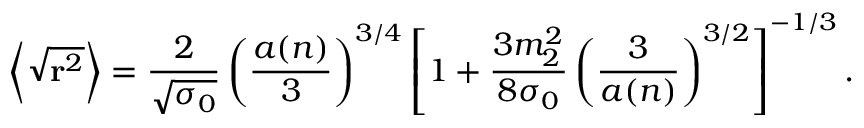
\left\langle \sqrt { { \bf r } ^ { 2 } } \right\rangle = \frac 2 { \sqrt { \sigma _ { 0 } } } \left( \frac { a ( n ) } 3 \right) ^ { 3 / 4 } \left[ 1 + \frac { 3 m _ { 2 } ^ { 2 } } { 8 \sigma _ { 0 } } \left( \frac 3 { a ( n ) } \right) ^ { 3 / 2 } \right] ^ { - 1 / 3 } .